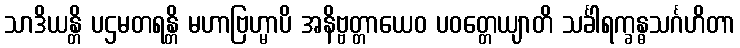
သာဒိယန္တိ ပဌမတရန္တိ မဟာဗြဟ္မာပိ အနိဗ္ဗတ္တာယေဝ ပဝတ္တေယျာတိ သင်္ခါရက္ခန္ဓသင်္ဂဟိတာ